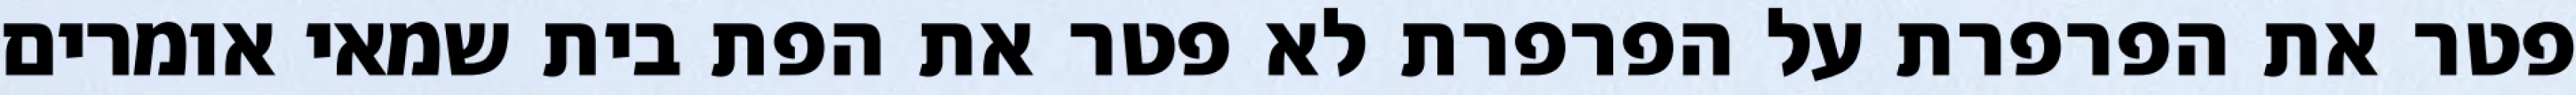
פטר את הפרפרת על הפרפרת לא פטר את הפת בית שמאי אומרים